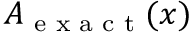
A _ { \textrm { e x a c t } } ( x )